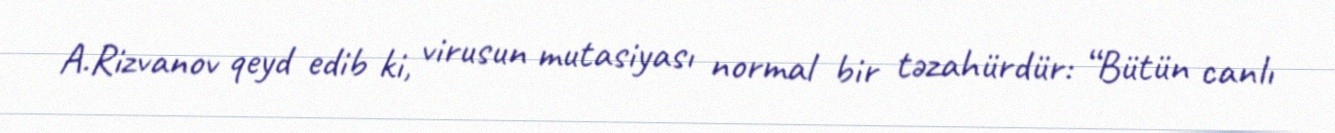
A.Rizvanov qeyd edib ki, virusun mutasiyası normal bir təzahürdür: “Bütün canlı